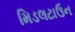
મિડલટાઉન